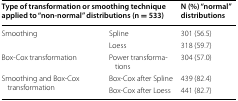
<table><thead><tr><td colspan="2"><b>Type of transformation or smoothing technique applied to “non-normal” distributions (n = 533)</b></td><td><b>N (%) “normal” distributions</b></td></tr></thead><tbody><tr><td rowspan="2">Smoothing</td><td>Spline</td><td>301 (56.5)</td></tr><tr><td>Loess</td><td>318 (59.7)</td></tr><tr><td>Box-Cox transformation</td><td>Power transformations</td><td>304 (57.0)</td></tr><tr><td rowspan="2">Smoothing and Box-Cox transformation</td><td>Box-Cox after Spline</td><td>439 (82.4)</td></tr><tr><td>Box-Cox after Loess</td><td>441 (82.7)</td></tr></tbody></table>